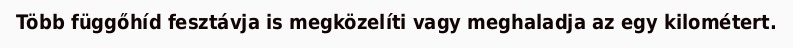
Több függőhíd fesztávja is megközelíti vagy meghaladja az egy kilométert.